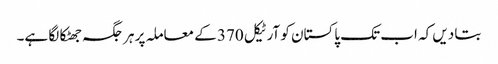
بتا دیں کہ اب تک پاکستان کو آرٹیکل 370 کے معاملہ پر ہر جگہ جھٹکا لگا ہے۔